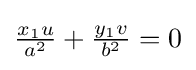
{\textstyle {\frac {x_{1}u}{a^{2}}}+{\tfrac {y_{1}v}{b^{2}}}=0}